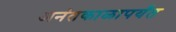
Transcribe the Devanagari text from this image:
अनंतकाळापर्यंत